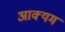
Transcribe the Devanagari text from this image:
आक्यम